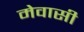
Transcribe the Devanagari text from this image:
मेवासी